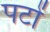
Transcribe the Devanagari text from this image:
पटों